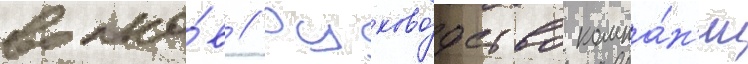
волко́в // Руково́дство компа́н'ии